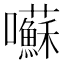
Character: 囌